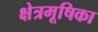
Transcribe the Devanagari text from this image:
क्षेत्रमूषिका